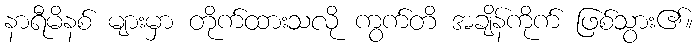
နာရီမိနစ် များမှာ တိုက်ထားသလို ကွက်တိ အချိန်ကိုက် ဖြစ်သွား၏။